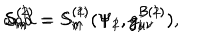
S _ { m } ^ { ( 1 ) } = S _ { m } ^ { ( 1 ) } ( \Psi _ { 1 } , g _ { \mu \nu } ^ { B ( 1 ) } ) \hspace { 0 . 5 c m } \mathrm { a n d } \hspace { 0 . 5 c m } S _ { m } ^ { ( 2 ) } = S _ { m } ^ { ( 2 ) } ( \Psi _ { 2 } , g _ { \mu \nu } ^ { B ( 2 ) } ) ,